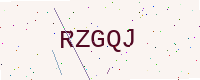
Text: RZGQJ